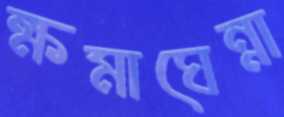
ক্ষমাঘেন্না